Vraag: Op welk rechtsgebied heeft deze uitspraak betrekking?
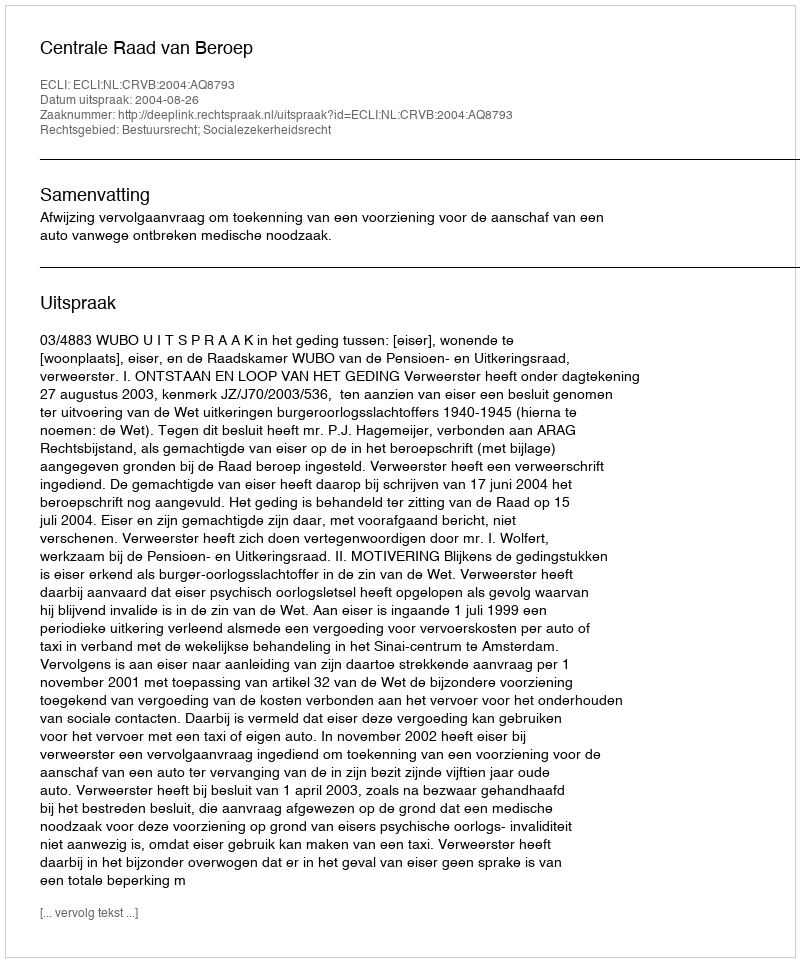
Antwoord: Bestuursrecht; Socialezekerheidsrecht